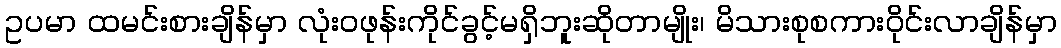
ဥပမာ ထမင်းစားချိန်မှာ လုံးဝဖုန်းကိုင်ခွင့်မရှိဘူးဆိုတာမျိုး၊ မိသားစုစကားဝိုင်းလာချိန်မှာ